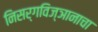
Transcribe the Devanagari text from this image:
निसर्गविज्ञानाचा